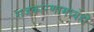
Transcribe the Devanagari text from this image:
राजकारणामध्येही